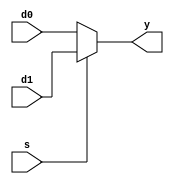
// Parameterized 2-to-1 MUX
module mux_2 #(parameter WIDTH = 8) (
        input s,
        input [WIDTH-1:0] d0,
        input [WIDTH-1:0] d1, 
        output [WIDTH-1:0] y
);

    assign y = s ? d1 : d0; 

endmodule